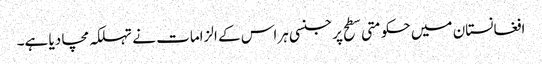
افغانستان میں حکومتی سطح پر جنسی ہراس کے الزامات نے تہلکہ مچا دیا ہے۔